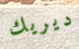
ديريك